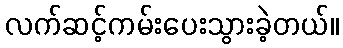
လက်ဆင့်ကမ်းပေးသွားခဲ့တယ်။